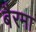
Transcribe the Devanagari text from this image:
बैरमा